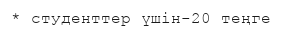
* студенттер үшін-20 теңге